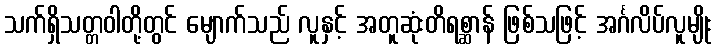
သက်ရှိသတ္တဝါတို့တွင် မျောက်သည် လူနှင့် အတူဆုံးတိရစ္ဆာန် ဖြစ်သဖြင့် အင်္ဂလိပ်လူမျိုး